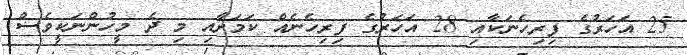
25 އަހަރުގެ ފިރިހެނަކާއި 28 އަހަރުގެ ފިރިހެނެއް ކަމަށާއި މި ދެ މީހުންނަކީވެސް